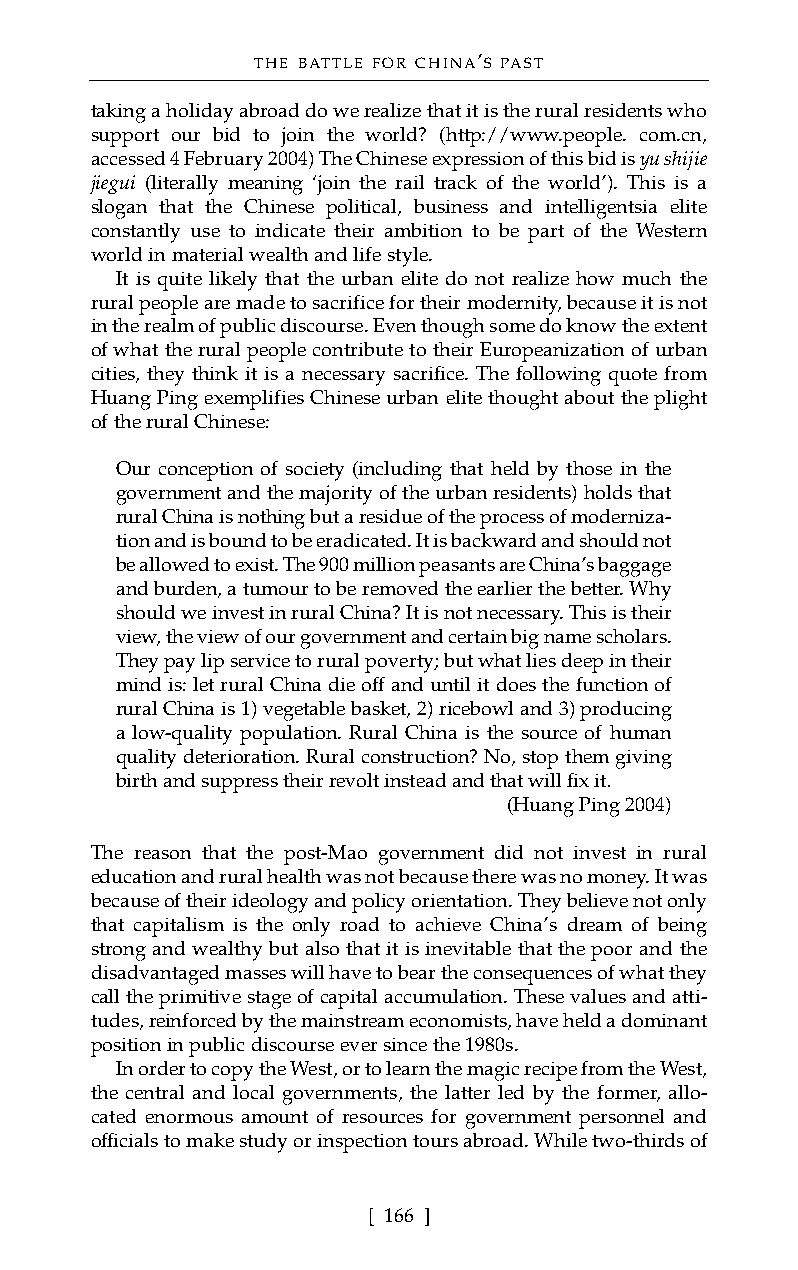
THE BATTLE FOR CHINA’S PAST
 taking a holiday abroad do we realize that it is the rural residents who
 support our bid to join the world? (http://www.people. com.cn,
 accessed 4 February 2004) The Chinese expression of this bid is yu shijie
 jiegui (literally meaning ‘join the rail track of the world’). This is a
 slogan that the Chinese political, business and intelligentsia elite
 constantly use to indicate their ambition to be part of the Western
 world in material wealth and life style.
 It is quite likely that the urban elite do not realize how much the
 rural people are made to sacrifice for their modernity, because it is not
 in the realm of public discourse. Even though some do know the extent
 of what the rural people contribute to their Europeanization of urban
 cities, they think it is a necessary sacrifice. The following quote from
 Huang Ping exemplifies Chinese urban elite thought about the plight
 of the rural Chinese:
 Our conception of society (including that held by those in the
 government and the majority of the urban residents) holds that
 rural China is nothing but a residue of the process of moderniza-
 tion and is bound to be eradicated. It is backward and should not
 be allowed to exist. The 900 million peasants are China’s baggage
 and burden, a tumour to be removed the earlier the better. Why
 should we invest in rural China? It is not necessary. This is their
 view, the view of our government and certain big name scholars.
 They pay lip service to rural poverty; but what lies deep in their
 mind is: let rural China die off and until it does the function of
 rural China is 1) vegetable basket, 2) ricebowl and 3) producing
 a low-quality population. Rural China is the source of human
 quality deterioration. Rural construction? No, stop them giving
 birth and suppress their revolt instead and that will fix it.
 (Huang Ping 2004)
 The reason that the post-Mao government did not invest in rural
 education and rural health was not because there was no money. It was
 because of their ideology and policy orientation. They believe not only
 that capitalism is the only road to achieve China’s dream of being
 strong and wealthy but also that it is inevitable that the poor and the
 disadvantaged masses will have to bear the consequences of what they
 call the primitive stage of capital accumulation. These values and atti-
 tudes, reinforced by the mainstream economists, have held a dominant
 position in public discourse ever since the 1980s.
 In order to copy the West, or to learn the magic recipe from the West,
 the central and local governments, the latter led by the former, allo-
 cated enormous amount of resources for government personnel and
 officials to make study or inspection tours abroad. While two-thirds of
 [ 166 ]